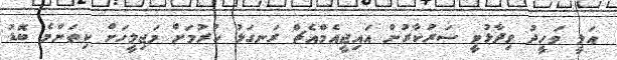
އަލީ ވަހީދު ވިދާޅުވީ ސަރުކާރުން އައިޖީއެމްއެޗް ރަނގަޅު ކުރުމަށް މަޖިލީހަށް ކިތަންމެ ބޮޑު